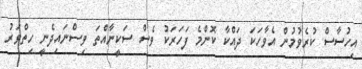
އިހުސާސް ކުރެވުމުން އެވާހަކަ ދައްކާ ކޮންމެ ފަހަރަކު ވެސް ސަކީނާއްތަ ވިސްނައިދެނީ ހިތްވަރު